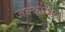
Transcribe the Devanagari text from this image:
जक्काखेल